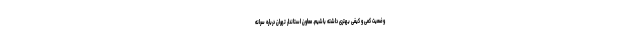
وضعیت کمی و کیفی بهتری داشته باشیم. معاون استاندار تهران درباره سرانه